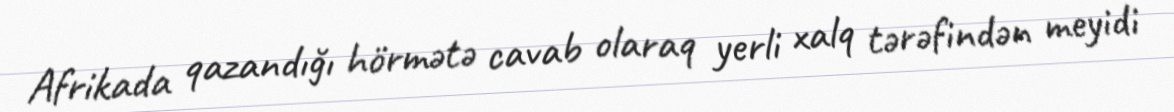
Afrikada qazandığı hörmətə cavab olaraq yerli xalq tərəfindən meyidi